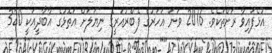
އުޅެފައިވާ ރަށްތަކެވެ. 2016 ވަނަ އަހަރުގެ ފެބްރުއަރީގެ ނިޔަލަށް އަތޮޅުގެ އާބާދީއަކީ 320